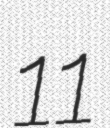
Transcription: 11